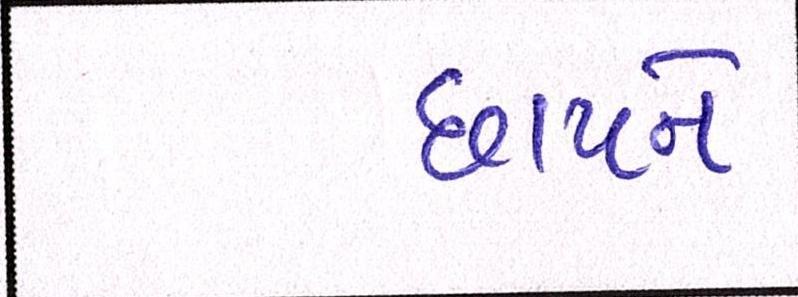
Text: છાપને